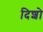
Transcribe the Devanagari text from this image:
दिशो